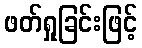
ဖတ်ရှုခြင်းဖြင့်